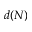
d ( N )